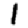
Digit: 1